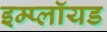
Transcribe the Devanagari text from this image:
इम्प्लॉयड